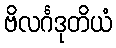
ဗိလင်္ဂဒုတိယံ